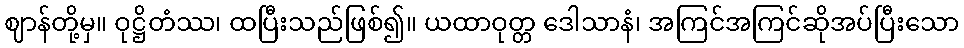
ဈာန်တို့မှ။ ဝုဋ္ဌိတံဿ၊ ထပြီးသည်ဖြစ်၍။ ယထာဝုတ္တ ဒေါသာနံ၊ အကြင်အကြင်ဆိုအပ်ပြီးသော